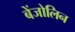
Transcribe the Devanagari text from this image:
बेंजोलिन